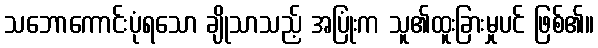
သဘောကောင်းပုံရသော ချိုသာသည့် အပြုံးက သူ၏ထူးခြားမှုပင် ဖြစ်၏။